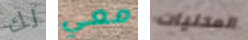
لك معي المحليات